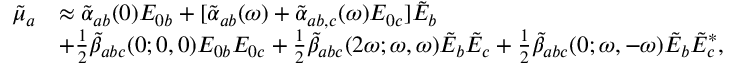
\begin{array} { r l } { \tilde { \mu } _ { a } } & { \approx \tilde { \alpha } _ { a b } ( 0 ) E _ { 0 b } + [ \tilde { \alpha } _ { a b } ( \omega ) + \tilde { \alpha } _ { a b , c } ( \omega ) E _ { 0 c } ] \tilde { E } _ { b } } \\ & { + \frac { 1 } { 2 } \tilde { \beta } _ { a b c } ( 0 ; 0 , 0 ) E _ { 0 b } E _ { 0 c } + \frac { 1 } { 2 } \tilde { \beta } _ { a b c } ( 2 \omega ; \omega , \omega ) \tilde { E } _ { b } \tilde { E } _ { c } + \frac { 1 } { 2 } \tilde { \beta } _ { a b c } ( 0 ; \omega , - \omega ) \tilde { E } _ { b } \tilde { E } _ { c } ^ { \ast } , } \end{array}